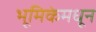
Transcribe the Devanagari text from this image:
भूमिकेमधून